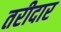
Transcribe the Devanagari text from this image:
तरीदार